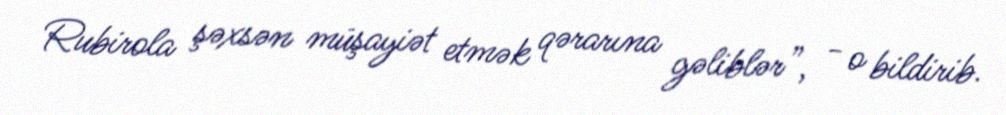
Rubirola şəxsən müşayiət etmək qərarına gəliblər”, - o bildirib.